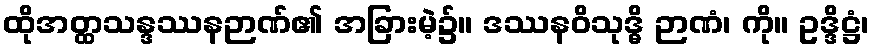
ထိုအတ္ထသန္ဒဿနဉာဏ်၏ အခြားမဲ့၌။ ဒဿနဝိသုဒ္ဓိ ဉာဏံ၊ ကို။ ဥဒ္ဒိဋ္ဌံ၊